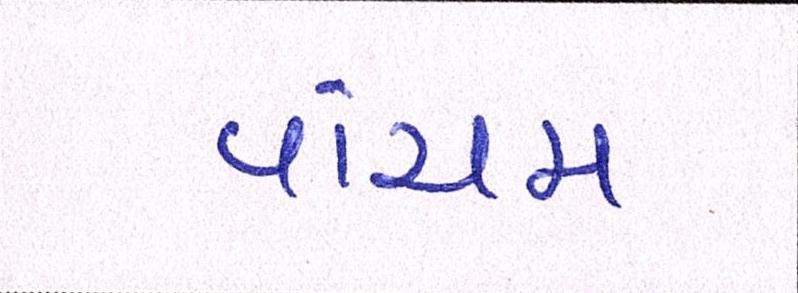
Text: પાંચમ